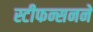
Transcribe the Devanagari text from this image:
स्टीफन्सनने